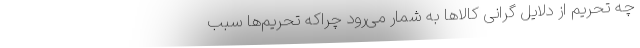
چه تحریم‌ از دلایل گرانی کالاها به شمار می‌رود چراکه تحریم‌ها سبب